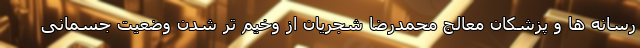
رسانه ها و پزشکان معالج محمدرضا شجریان از وخیم تر شدن وضعیت جسمانی